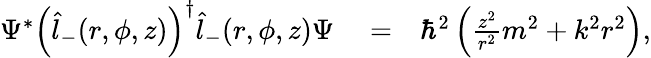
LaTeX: \begin{array}{rlr}{\Psi^{*}\left(\hat{l}_{-}(r,\phi,z)\right)^{\dagger}\hat{l}_{-}(r,\phi,z)\Psi}&{{}=}&{\hbar^{2}\left(\frac{z^{2}}{r^{2}}m^{2}+k^{2}r^{2}\right),}\end{array}